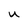
Character: U